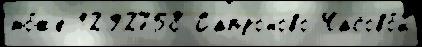
то́же 1292758 Сапроново Часово́й